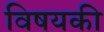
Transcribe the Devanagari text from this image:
विषयकी